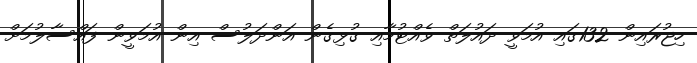
ހިޖުރައިން 132ގައި އުމަވީ ދައުލަތް ވެއްޓުމާއި ގުޅިގެން އަންދަލުސް އިން އުމަވީން ފައްސާލުމަށް